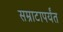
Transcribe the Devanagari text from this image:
सम्राटापर्यंत